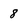
Character: 8